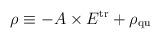
LaTeX: \begin{align*}\rho \equiv - A \times E^{\rm tr} + \rho_{\rm qu}\end{align*}